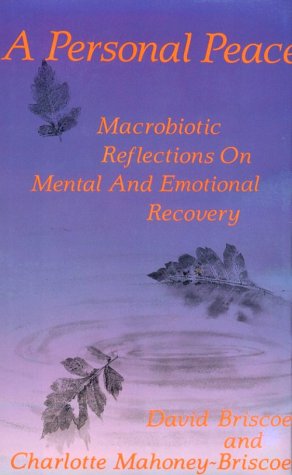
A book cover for Personal Peace: Macrobiotic Reflections on Mental and Emotional Recovery; David Briscoe; Health, Fitness & Dieting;